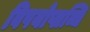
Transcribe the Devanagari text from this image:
विषयोप्लब्धि